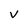
Character: V